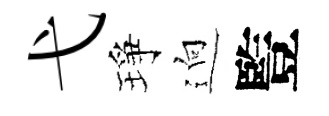
弋琤逈䜿